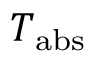
T _ { \mathrm { a b s } }